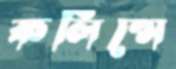
কলিন্সে